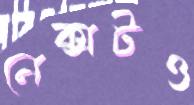
নেক্সটও